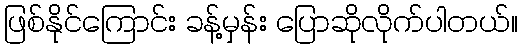
ဖြစ်နိုင်ကြောင်း ခန့်မှန်း ပြောဆိုလိုက်ပါတယ်။